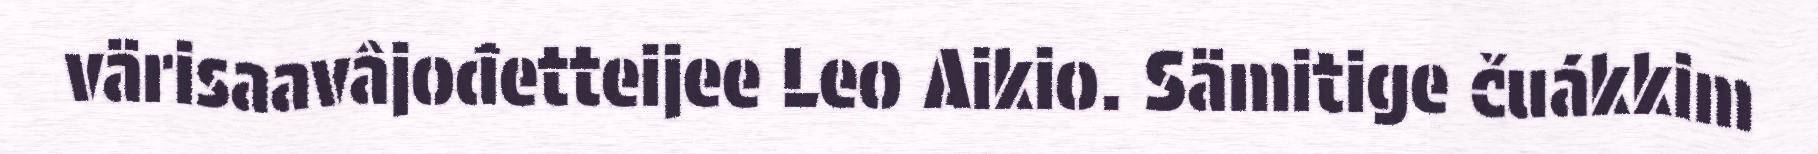
värisaavâjođetteijee Leo Aikio. Sämitige čuákkim